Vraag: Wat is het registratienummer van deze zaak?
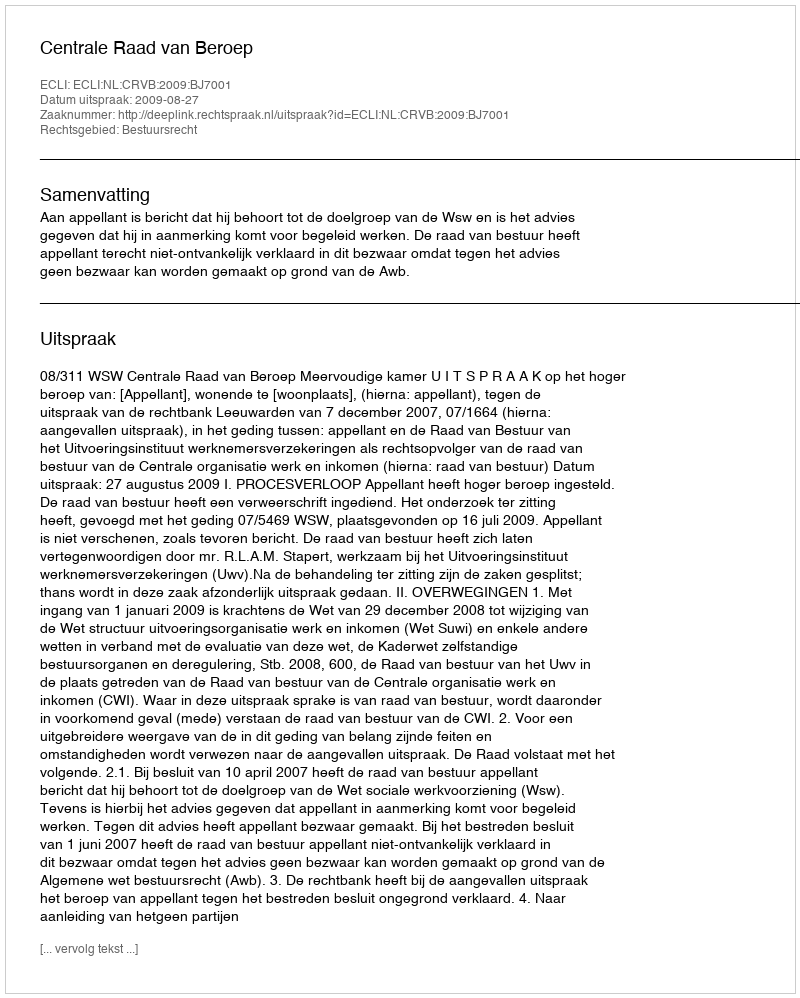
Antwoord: http://deeplink.rechtspraak.nl/uitspraak?id=ECLI:NL:CRVB:2009:BJ7001